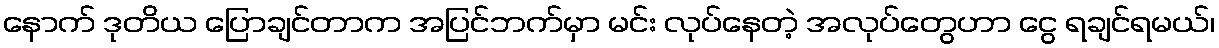
နောက် ဒုတိယ ပြောချင်တာက အပြင်ဘက်မှာ မင်း လုပ်နေတဲ့ အလုပ်တွေဟာ ငွေ ရချင်ရမယ်၊